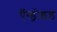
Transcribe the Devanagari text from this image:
ऍन्ड्रोइड